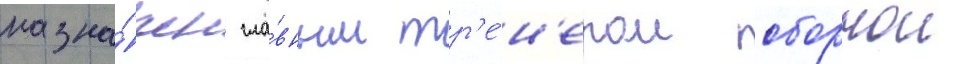
назна́чен гла́вным тр'е́н'ером сборнои